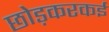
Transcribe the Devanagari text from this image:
छोड़करकई